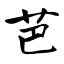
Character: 芭